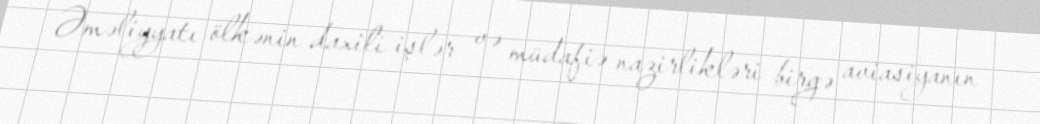
Əməliyyatı ölkənin daxili işlər və müdafiə nazirlikləri birgə aviasiyanın